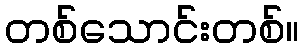
တစ်သောင်းတစ်။